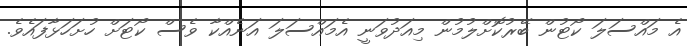
އެ މައްސަލަ ކޯޓުން ބޭރުކޮށްލުމުން މިއަދުވަނީ އެމައްސަލަ އަނެއްކާ ވެސް ކޯޓަށް ހުށަހަޅާފައެވެ.